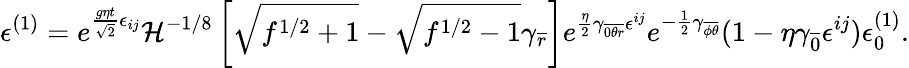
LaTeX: \epsilon^{(1)}=e^{{\frac{g\eta t}{\sqrt{2}}}\epsilon_{ij}}{\cal H}^{-1/8}\left[\sqrt{f^{1/2}+1}-\sqrt{f^{1/2}-1}\gamma_{\overline{{{r}}}}\right]e^{{\frac{\eta}{2}}\gamma_{\overline{{{0\theta r}}}}\epsilon^{ij}}e^{-{\frac{1}{2}}\gamma_{\overline{{{\phi\theta}}}}}(1-\eta\gamma_{\overline{{{0}}}}\epsilon^{ij})\epsilon_{0}^{(1)}.